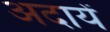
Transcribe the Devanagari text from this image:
अदायें